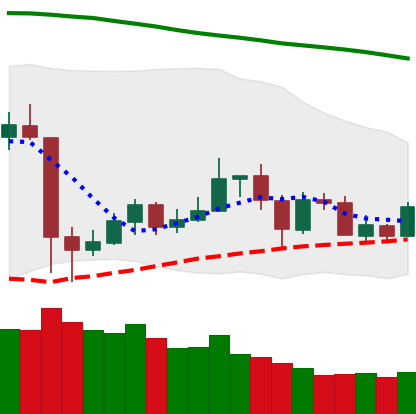
Ticker: LTC-USD
Chart end date: 2020-05-27
Forward return: 9.721%
Label: up_7plus